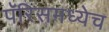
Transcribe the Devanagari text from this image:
पॅरिसमध्येच